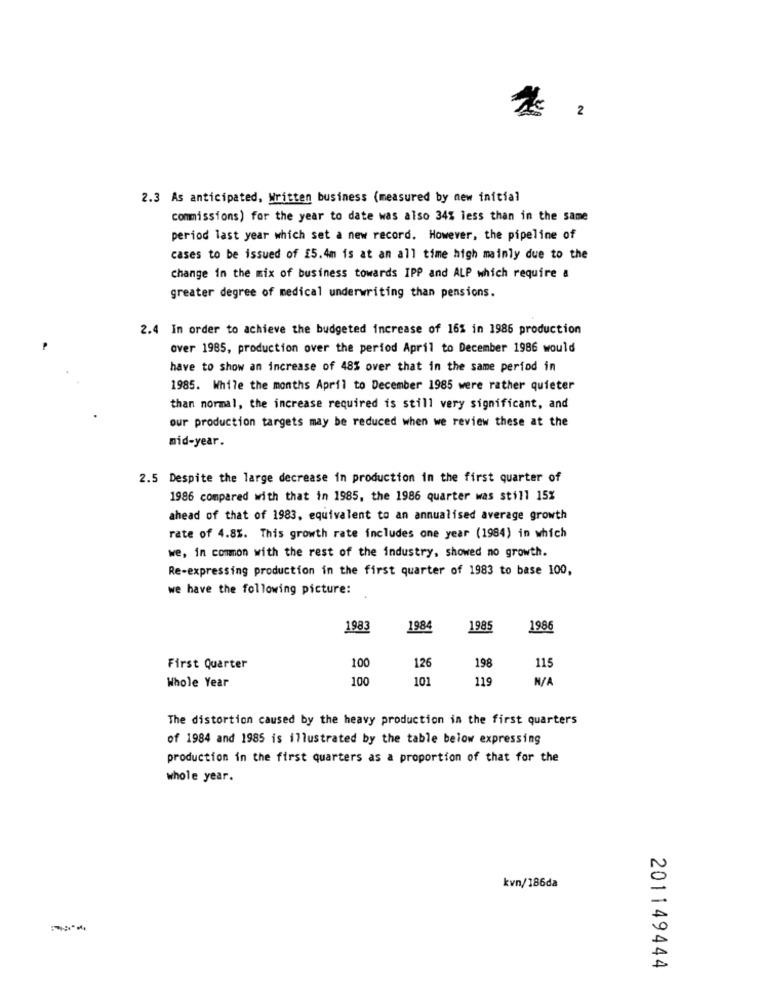
2
2.3 As anticipated, Written business (measured by new initial
commissions) for the year to date was also 34% less than in the same
period last year which set a new record. However, the pipeline of
cases to be issued of £5.4m is at an all time high mainly due to the
change in the mix of business towards IPP and ALP which require a
greater degree of medical underwriting than pensions.
2.4 In order to achieve the budgeted increase of 16% in 1986 production
over 1985, production over the period April to December 1986 would
have to show an increase of 48% over that in the same period in
1985. While the months April to December 1985 were rather quieter
than normal, the increase required is still very significant, and
our production targets may be reduced when we review these at the
mid-year.
2.5 Despite the large decrease in production in the first quarter of
1986 compared with that in 1985, the 1986 quarter was still 15%
ahead of that of 1983, equivalent to an annualised average growth
rate of 4.8%. This growth rate includes one year (1984) in which
we, in common with the rest of the industry, showed no growth.
Re-expressing production in the first quarter of 1983 to base 100,
we have the following picture:
1983
198
1985
1986
198
First Quarter
100
126
115
Whole Year
100
101
119
The distortion caused by the heavy production in the first quarters
of 1984 and 1985 is illustrated by the table below expressing
production in the first quarters as a proportion of that for the
whole year.
kvn/186da
201149444